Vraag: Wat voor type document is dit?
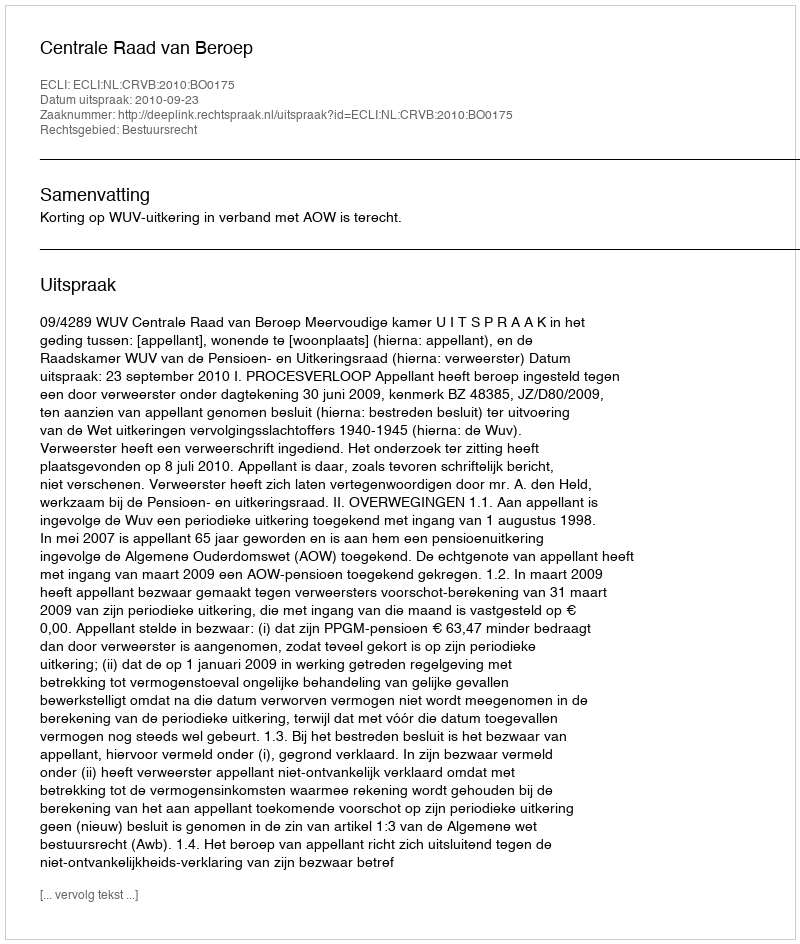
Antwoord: Uitspraak